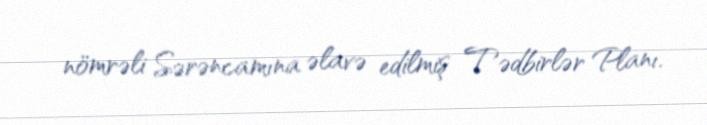
nömrəli Sərəncamına əlavə edilmiş Tədbirlər Planı.